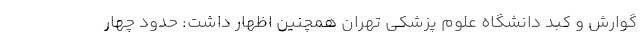
گوارش و کبد دانشگاه علوم پزشکی تهران همچنین اظهار داشت: حدود چهار